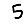
Digit: 5